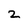
Character: 2